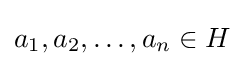
a_{1},a_{2},\ldots ,a_{n}\in H